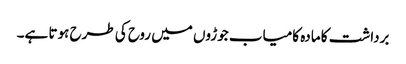
برداشت کا مادہ کامیاب جوڑوں میں روح کی طرح ہوتا ہے۔